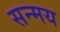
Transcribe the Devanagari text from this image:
सन्मय